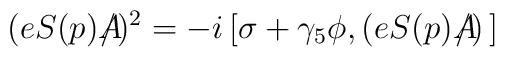
(eS(p)A\!\!\!\!\slash)^{2} = -i\left[\sigma + \gamma_{5}\phi ,  (eS(p)A\!\!\!\!\slash) \,\right]